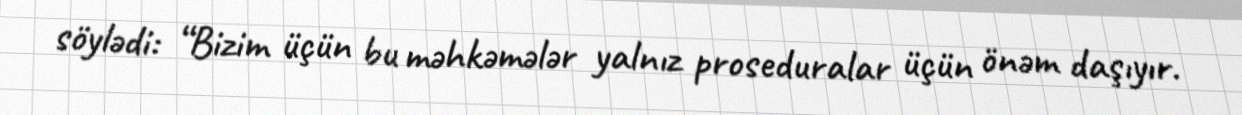
söylədi: “Bizim üçün bu məhkəmələr yalnız proseduralar üçün önəm daşıyır.